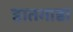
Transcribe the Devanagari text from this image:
हातगाडा